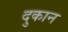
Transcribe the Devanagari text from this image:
दुकान